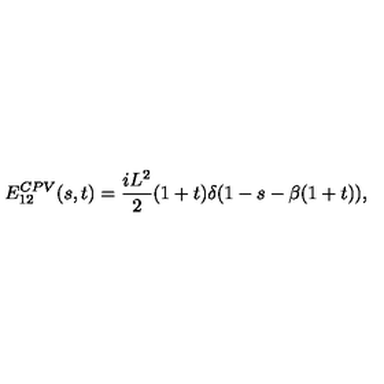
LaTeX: E _ { 1 2 } ^ { C P V } ( s , t ) = { \frac { i L ^ { 2 } } { 2 } } ( 1 + t ) \delta ( 1 - s - \beta ( 1 + t ) ) ,